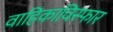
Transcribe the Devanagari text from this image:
वाहिकाविस्फार